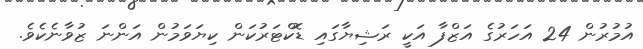
އުމުރުން 24 އަހަރުގެ އަޒްފާ އަކީ ރަޝިޔާގައި ޑޮކްޓަރުކަން ކިޔަވަމުން އަންނަ ޒުވާނެކެވެ.